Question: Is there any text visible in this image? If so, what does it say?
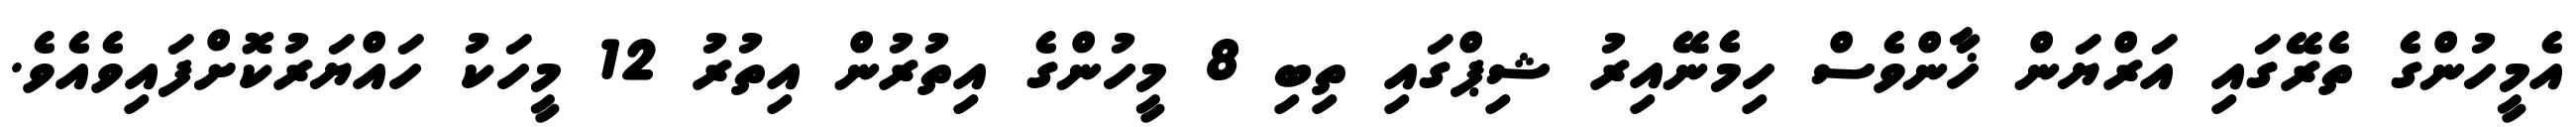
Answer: އެމީހުންގެ ތެރޭގައި އަރްޔަން ޚާންވެސް ހިމެނޭއިރު ޝިޕްގައި ތިބި 8 މީހުންގެ އިތުރުން އިތުރު 12 މީހަކު ހައްޔަރުކޮށްފައިވެއެވެ.